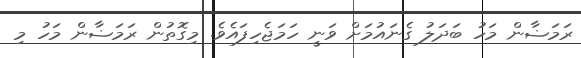
ރަމަޟާން މަހު ބަދަލު ގެނައުމަށް ވަނީ ހަމަޖެހިފައެވެ. މިގޮތުން ރަމަޟާން މަހު މި